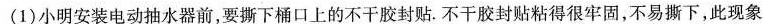
(1)小明安装电动抽水器前，要撕下桶口上的不干胶封贴。不干胶封贴粘得很牢固，不易撕下，此现象